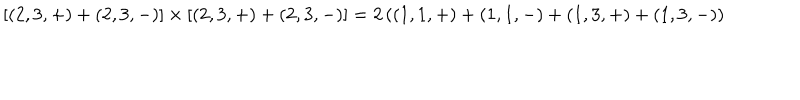
\lbrack ( 2 , 3 , + ) + ( 2 , 3 , - ) ] \times [ ( 2 , 3 , + ) + ( 2 , 3 , - ) ] = 2 \left( ( 1 , 1 , + ) + ( 1 , 1 , - ) + ( 1 , 3 , + ) + { ( 1 , 3 , - ) } \right)